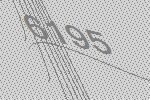
6195